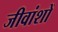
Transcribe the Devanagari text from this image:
जीवांशों